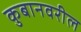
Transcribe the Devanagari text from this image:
कुबानवरील